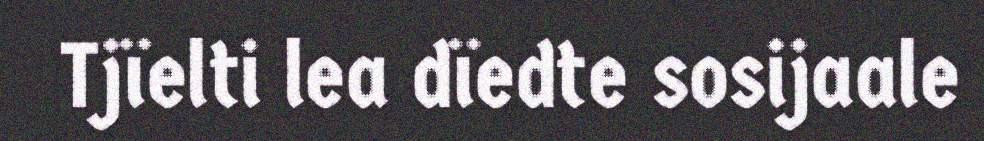
Tjïelti lea dïedte sosijaale